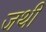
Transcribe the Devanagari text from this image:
जथी